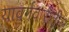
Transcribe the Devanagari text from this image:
यावर्गवारीतील